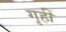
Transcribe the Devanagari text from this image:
गृहीं